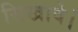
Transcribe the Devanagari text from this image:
सिखावे।